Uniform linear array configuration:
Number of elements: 24
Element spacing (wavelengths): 0.25
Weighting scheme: kaiser
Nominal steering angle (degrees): -45
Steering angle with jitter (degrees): -43.036
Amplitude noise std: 0.05
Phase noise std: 0.05

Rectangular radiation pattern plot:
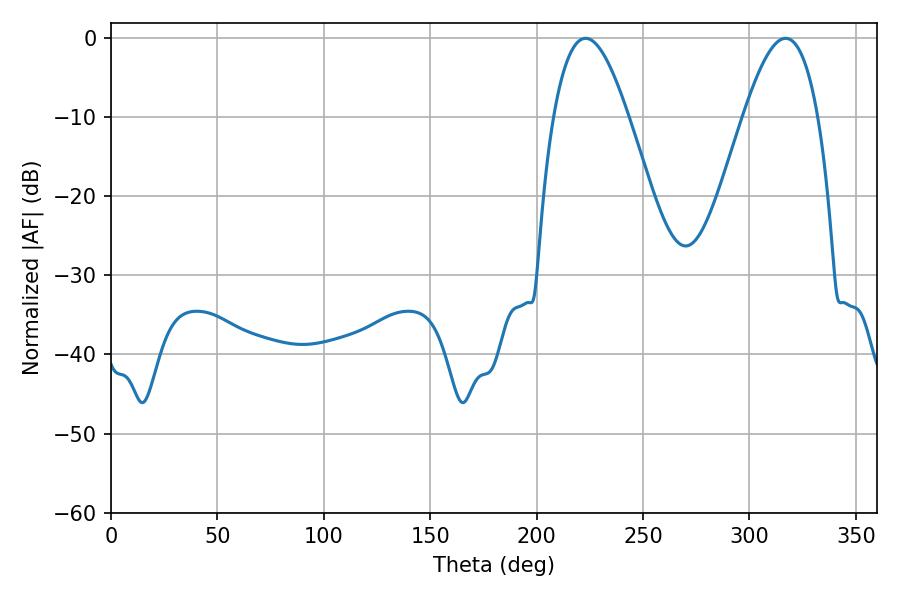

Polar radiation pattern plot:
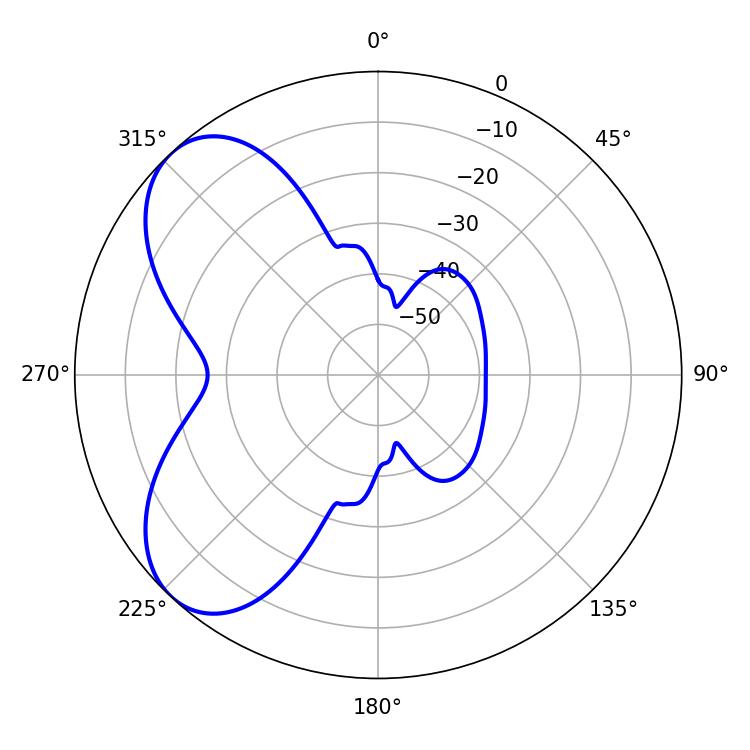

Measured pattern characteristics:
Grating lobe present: FALSE
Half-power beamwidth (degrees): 19.08
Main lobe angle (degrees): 223.02